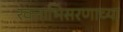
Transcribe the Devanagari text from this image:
रक्ताभिसरणाच्या